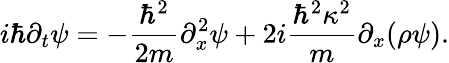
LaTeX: i\hbar\partial_{t}\psi=-{\frac{\hbar^{2}}{2m}}\partial_{x}^{2}\psi+2i{\frac{\hbar^{2}\kappa^{2}}{m}}\partial_{x}(\rho\psi).